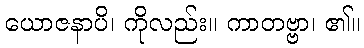
ယောဇနာပိ၊ ကိုလည်း။ ကာတဗ္ဗာ၊ ၏။